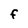
Character: F